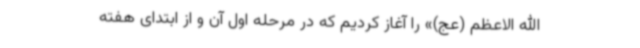
الله الاعظم (عج)» را آغاز کردیم که در مرحله اول آن و از ابتدای هفته